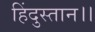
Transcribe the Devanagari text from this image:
हिंदुस्तान।।